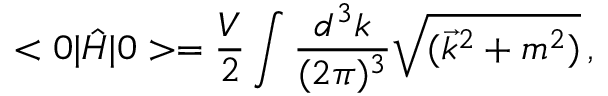
< 0 | \hat { H } | 0 > = \frac { V } { 2 } \int \frac { d ^ { 3 } k } { ( 2 \pi ) ^ { 3 } } \sqrt { ( \vec { k } ^ { 2 } + m ^ { 2 } ) } \, ,